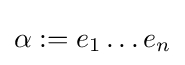
\alpha :=e_{1}\ldots e_{n}